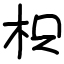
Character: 枳